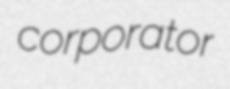
corporator